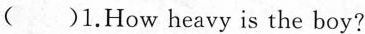
()1.How heavy is the boy?